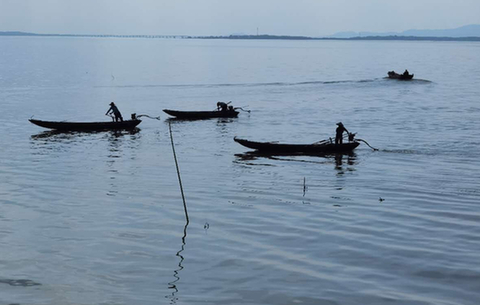
风回云断雨初晴，返照湖边暖复明。